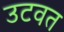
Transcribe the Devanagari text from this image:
उटवत